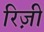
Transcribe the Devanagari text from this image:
रिज़ी